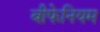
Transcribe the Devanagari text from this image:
बीफेनियम